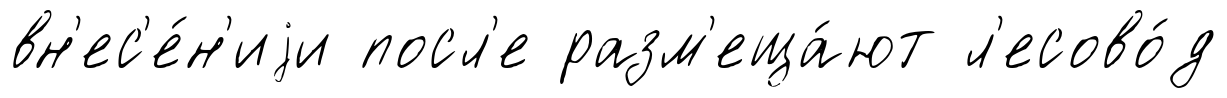
вн'ес'е́н'иjи посл'е разм'еща́ют л'есово́д